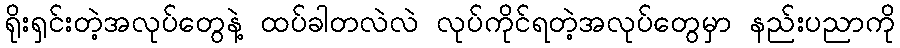
ရိုးရှင်းတဲ့အလုပ်တွေနဲ့ ထပ်ခါတလဲလဲ လုပ်ကိုင်ရတဲ့အလုပ်တွေမှာ နည်းပညာကို